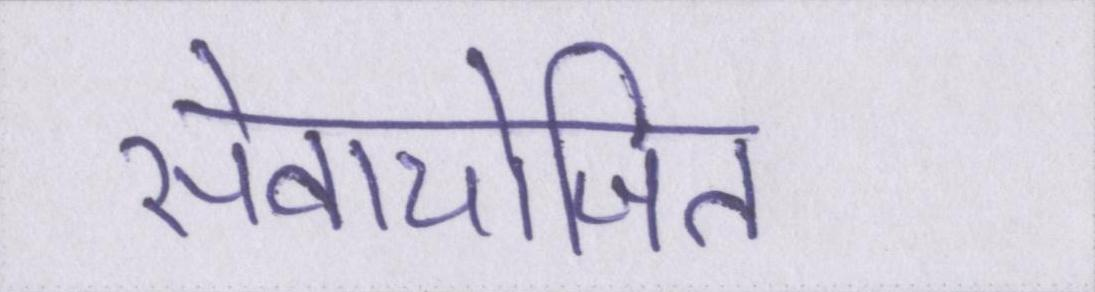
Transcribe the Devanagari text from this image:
सेवायोजित